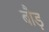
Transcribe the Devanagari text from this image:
बौड़